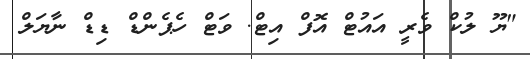
"ޔޫ ލުކް ވެރީ އައުޓް އޮފް އިޓް. ވަޓް ހެޕެންޑް ޑިޑް ނާޔަލް